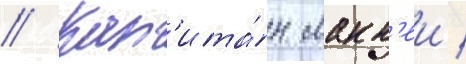
// Кап'ита́н макк'еи /